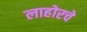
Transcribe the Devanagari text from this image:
लाहोरचे